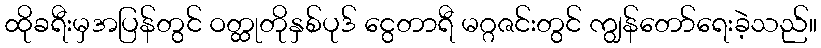
ထိုခရီးမှအပြန်တွင် ဝတ္ထုတိုနှစ်ပုဒ် ငွေတာရီ မဂ္ဂဇင်းတွင် ကျွန်တော်ရေးခဲ့သည်။